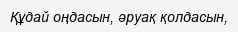
Құдай оңдасын, әруақ қолдасын,